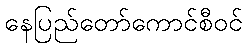
နေပြည်တော်ကောင်စီဝင်